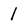
Character: 1